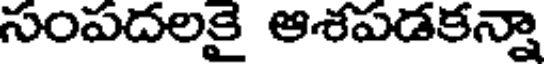
సంపదలకై ఆశపడకన్నా